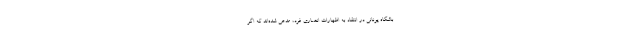
باشگاه یونانی در انتقاد به اظهارات انصاری فرد، مدعی شده‌اند که اگر